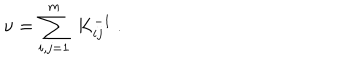
\nu = \sum _ { i , j = 1 } ^ { m } \ K _ { i j } ^ { - 1 } \ .